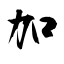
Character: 加